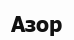
Азор